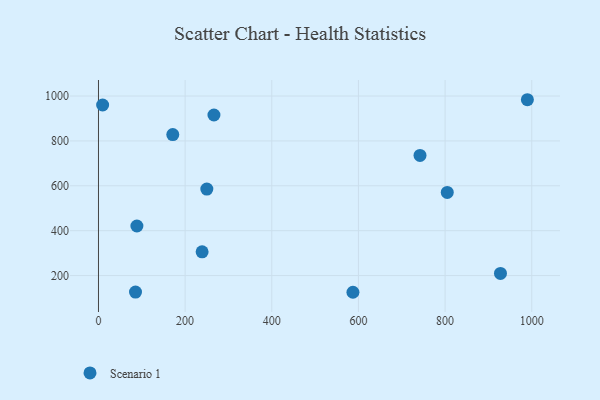
{"axis": {"x": "Experience", "y": "Fuel Efficiency"}, "legend": ["Scenario 1"], "data": [{"x": "9.6", "y": 959.9, "type": "Scenario 1"}, {"x": "85.5", "y": 126.3, "type": "Scenario 1"}, {"x": "88.7", "y": 420.8, "type": "Scenario 1"}, {"x": "239.2", "y": 306.0, "type": "Scenario 1"}, {"x": "250.1", "y": 585.2, "type": "Scenario 1"}, {"x": "266.5", "y": 915.4, "type": "Scenario 1"}, {"x": "742.1", "y": 735.2, "type": "Scenario 1"}, {"x": "805.0", "y": 570.6, "type": "Scenario 1"}, {"x": "171.5", "y": 828.3, "type": "Scenario 1"}, {"x": "587.3", "y": 125.6, "type": "Scenario 1"}, {"x": "989.9", "y": 983.5, "type": "Scenario 1"}, {"x": "927.8", "y": 209.6, "type": "Scenario 1"}]}